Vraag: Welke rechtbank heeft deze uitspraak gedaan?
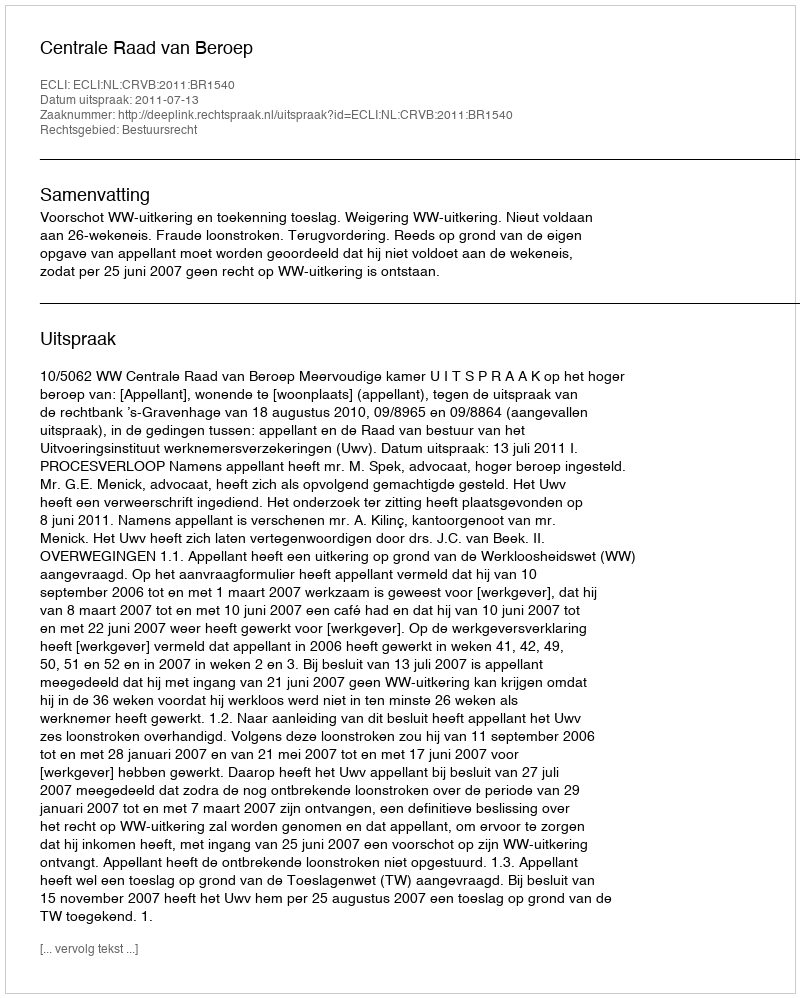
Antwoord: Centrale Raad van Beroep